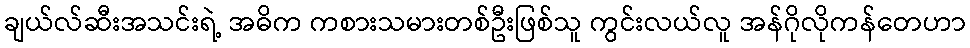
ချယ်လ်ဆီးအသင်းရဲ့ အဓိက ကစားသမားတစ်ဦးဖြစ်သူ ကွင်းလယ်လူ အန်ဂိုလိုကန်တေဟာ